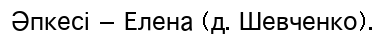
Әпкесі — Елена (д. Шевченко).